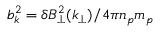
b _ { k } ^ { 2 } = \delta B _ { \perp } ^ { 2 } ( k _ { \perp } ) / 4 \pi n _ { p } m _ { p }